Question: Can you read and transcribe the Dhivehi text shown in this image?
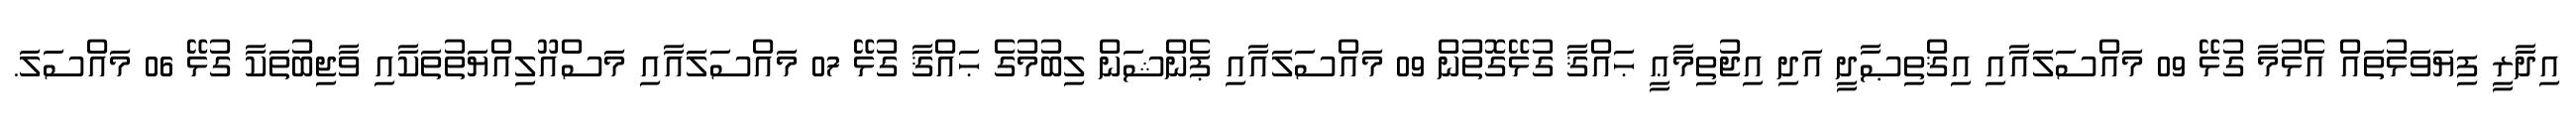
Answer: އިދާރީ ފިޔަވަޅުތައް އެޅުމާ ގުޅޭ 09 މައްސަލައާއި އިޤްތިޞާދީ އަދި އިޖުތިމާޢީ ޙައްޤާ ގުޅޭގޮތުން 09 މައްސަލައާއި ޕެންޝަން ލިބުމުގެ ޙައްޤާ ގުޅޭ 07 މައްސަލައާއި މަސްއޫލިއްޔަތުތަކާއި ވާޖިބުތަކާ ގުޅޭ 06 މައްސަލަ.